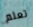
تعلم